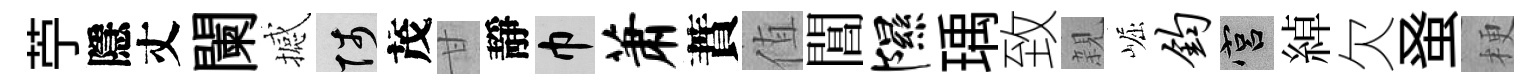
苧隱丈闌撼陟茂甘靜巾萧蕡值閶隰瑀致親崛钧宫綽欠𫊫梗